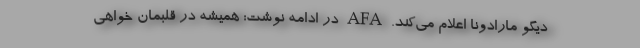
دیگو مارادونا اعلام می‌کند. AFA در ادامه نوشت: همیشه در قلبمان خواهی